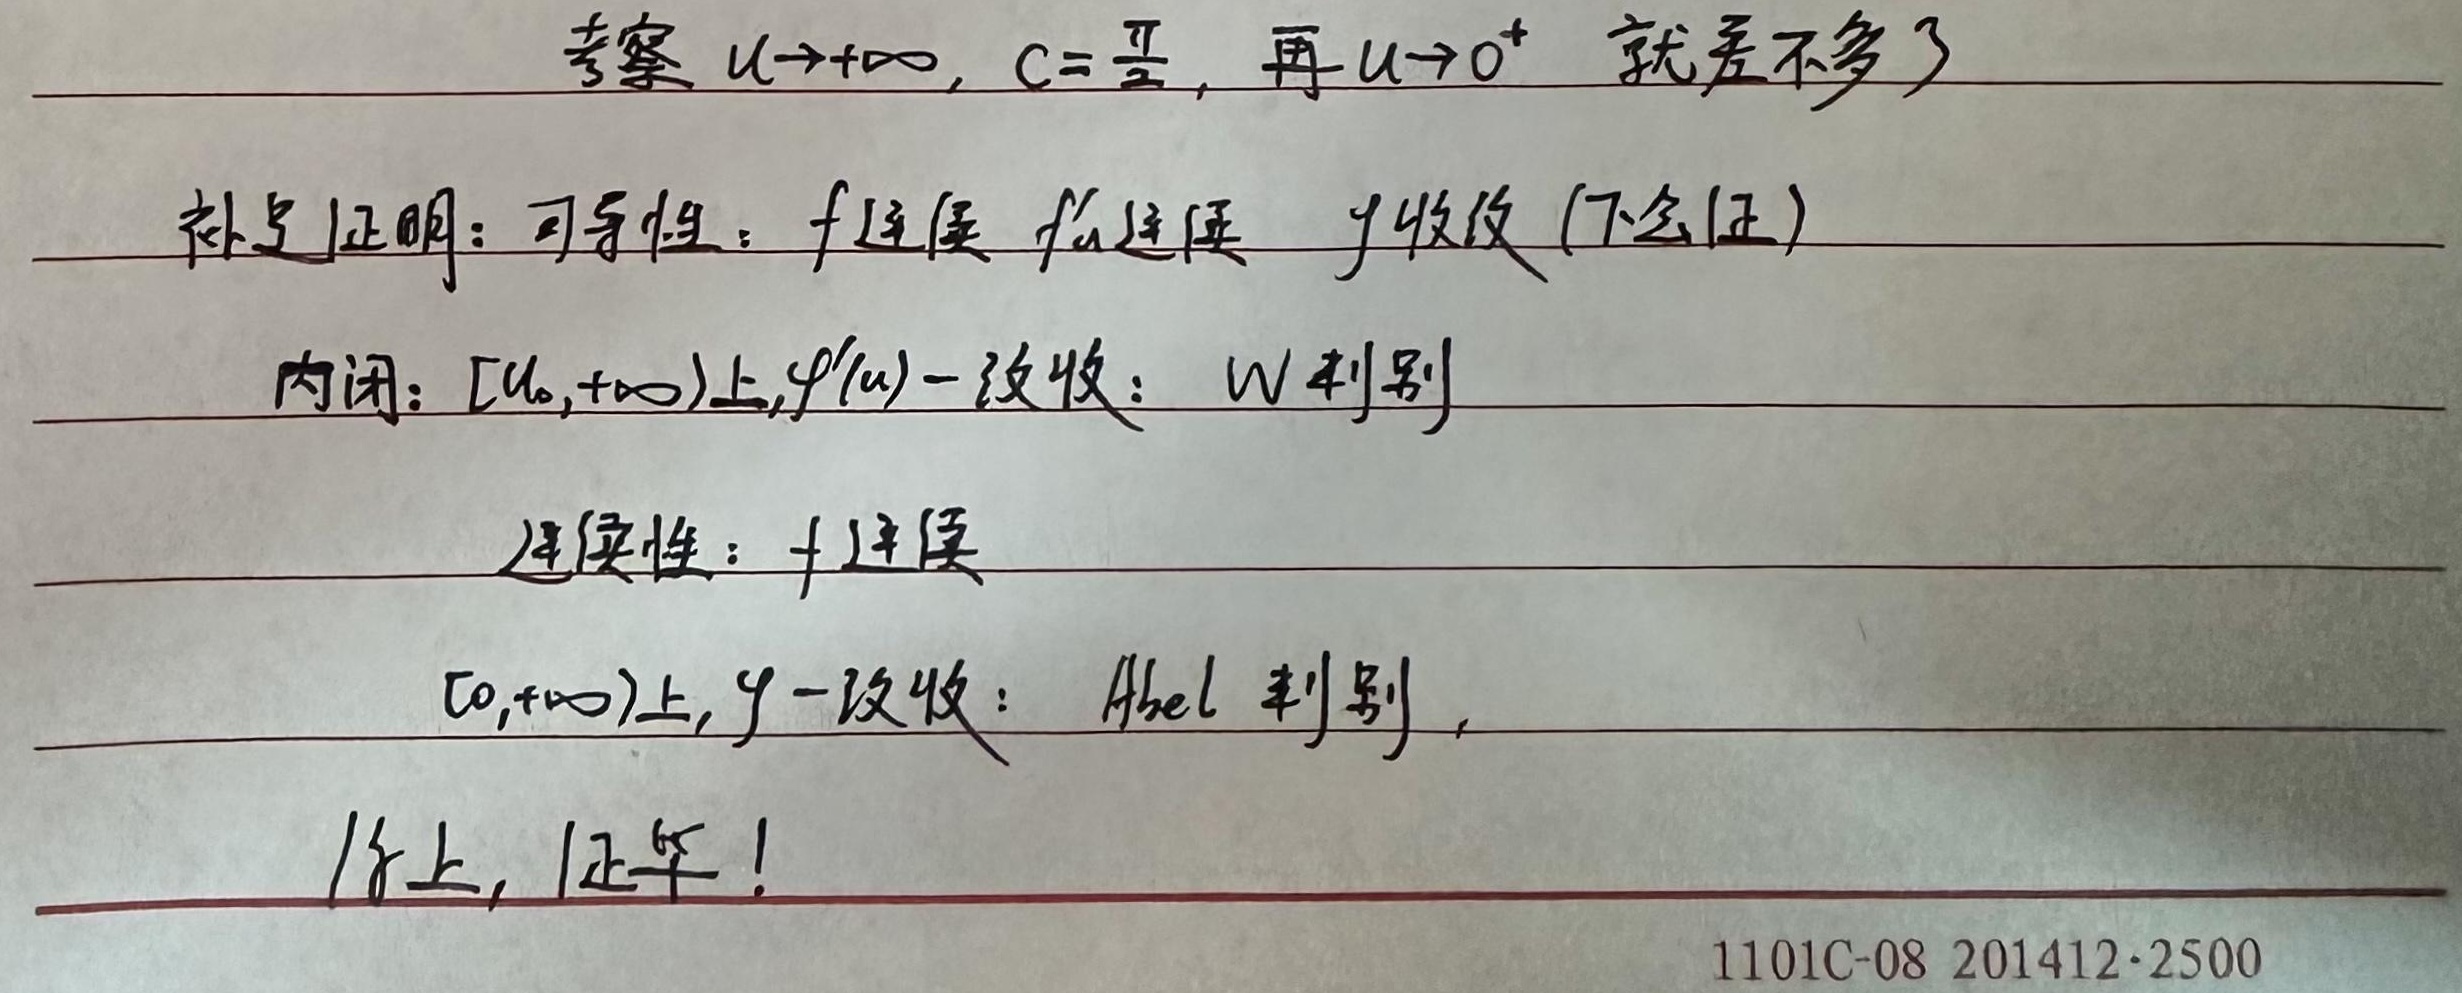
考察 \(u \to +\infty\)，\(C = \frac{\pi}{2}\)，再 \(u \to 0^{+}\) 就差不多了。

补充证明：
 - **可导性**：\(f\) 连续，\(f_x\) 连续，\(\varphi\) 收敛 (下会证)。
 - **内闭**：在\([u_0, +\infty)\) 上，\(\varphi^{\prime}(u)\) 一致收敛：\(W\) 判别。
 - **连续性**：\(f\) 连续，在\([0, +\infty)\) 上，\(\varphi\) 一致收敛：Abel 判别。

综上，证毕！

1101C - 08 201412 - 2500